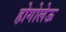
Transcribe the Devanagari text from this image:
होगोलेऊ